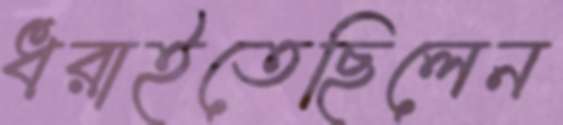
ধরাইতেছিলেন